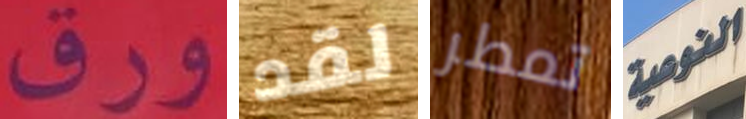
ورق لقد تمطر النوعية